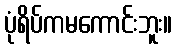
ပုံရိပ်ကမကောင်းဘူး။